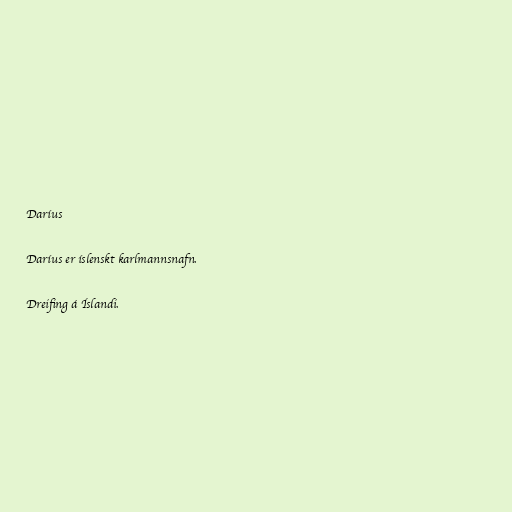
Daríus

Daríus er íslenskt karlmannsnafn.

Dreifing á Íslandi.